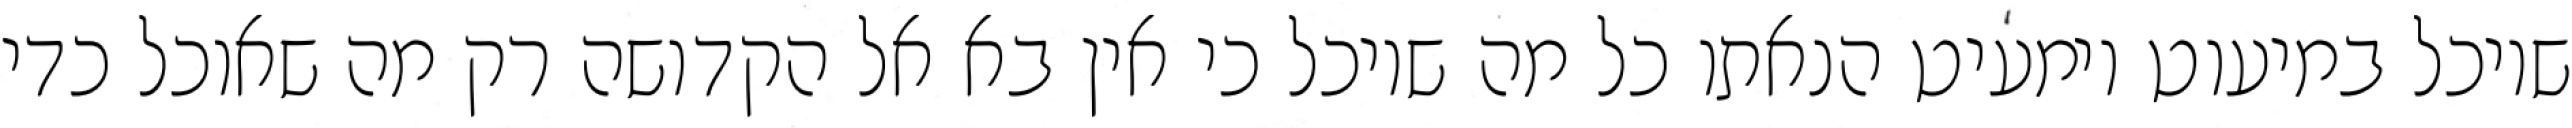
שיוכל במיעוט וימעיט הנאתו כל מה שיוכל כי אין בא אל הקדושה רק מה שאוכל כדי